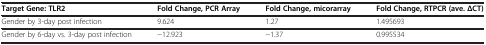
<table><thead><tr><td><b>Target Gene: TLR2</b></td><td><b>Fold Change, PCR Array</b></td><td><b>Fold Change, micorarray</b></td><td><b>Fold Change, RTPCR (ave. ΔCT)</b></td></tr></thead><tbody><tr><td>Gender by 3-day post infection</td><td>9.624</td><td>1.27</td><td>1.495693</td></tr><tr><td>Gender by 6-day vs. 3-day post infection</td><td>−12.923</td><td>−1.37</td><td>0.995534</td></tr></tbody></table>